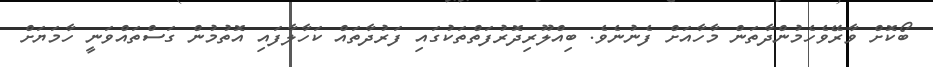
ބޯކޮށް ވާރޭވެހެމުންދާތަން މާހާއަށް ފެނުނެވެ. ބިއްލޫރިދޮރުފަތްތަކުގައި ފަރުދާތައް ކަހާލާފައި އޮތުމުން ގަސްތައްވަނީ ހާމަޔަށް